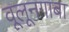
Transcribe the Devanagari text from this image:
वूलूनगाबा